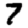
Digit: 7